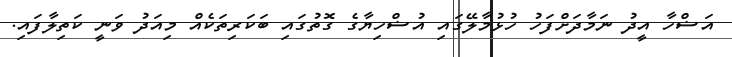
އަޟްހާ އީދު ނަމާދަށްފަހު ހުޅުމާލޭގައި އުޟްހިޔާގެ ގޮތުގައި ބަކަރިތަކެއް މިއަދު ވަނީ ކަތިލާފައި.